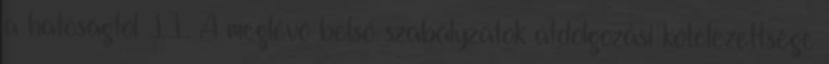
a hatóságtól II. A meglévő belső szabályzatok átdolgozási kötelezettsége